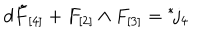
LaTeX: d \tilde { F } _ { [ 4 ] } + F _ { [ 2 ] } \wedge F _ { [ 3 ] } = { } ^ { * } \! j _ { 4 }